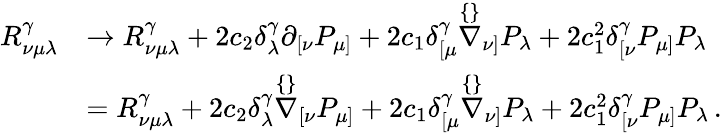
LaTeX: \begin{array}{rl}{R_{\nu\mu\lambda}^{\gamma}}&{\rightarrow R_{\nu\mu\lambda}^{\gamma}+2c_{2}\delta_{\lambda}^{\gamma}\partial_{[\nu}P_{\mu]}+2c_{1}\delta_{[\mu}^{\gamma}\stackrel{\{ \} }{\nabla}_{\nu]}P_{\lambda}+2c_{1}^{2}\delta_{[\nu}^{\gamma}P_{\mu]}P_{\lambda}}\\ &{=R_{\nu\mu\lambda}^{\gamma}+2c_{2}\delta_{\lambda}^{\gamma}\stackrel{\{ \} }{\nabla}_{[\nu}P_{\mu]}+2c_{1}\delta_{[\mu}^{\gamma}\stackrel{\{ \} }{\nabla}_{\nu]}P_{\lambda}+2c_{1}^{2}\delta_{[\nu}^{\gamma}P_{\mu]}P_{\lambda}\, .}\end{array}